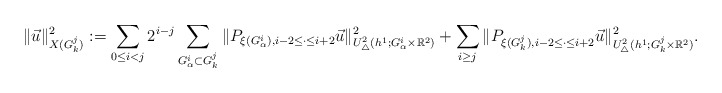
\begin{align*} \|\vec{u}\|^2_{X(G_k^{j})}:=\sum_{0\leq i< j}2^{i-j}\sum_{G_{\alpha}^{i}\subset G_k^{j}}\|P_{\xi(G_{\alpha}^{i}), i-2\leq\cdot\leq i+2}\vec{u}\|^2_{U^2_{\triangle}(h^{1};G_{\alpha}^{i}\times\mathbb{R}^2)} +\sum_{i\geq j}\|P_{\xi(G_{k}^{j}),i-2\leq\cdot\leq i+2} \vec{u}\|^2_{U^2_{\triangle}(h^{1};G_{k}^{j}\times\mathbb{R}^2)}.\end{align*}